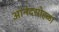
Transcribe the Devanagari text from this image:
आनंदसोहळा